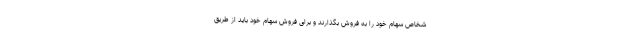
شخاص سهام خود را به فروش بگذارند و برای فروش سهام خود باید از طریق